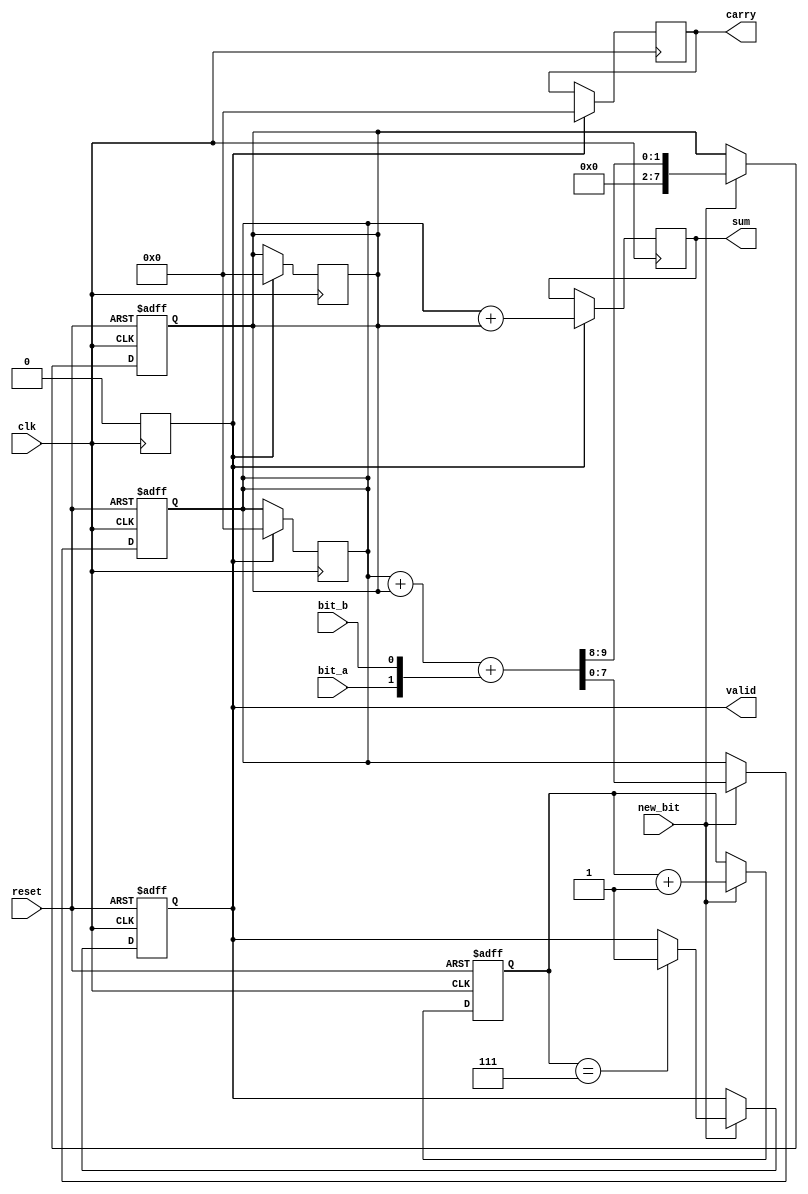
module carry_save_adder (
    input wire clk,               // Clock signal
    input wire reset,             // Reset signal
    input wire new_bit,           // Control signal indicating a new bit is available
    input wire bit_a,             // Serial input bit from operand A
    input wire bit_b,             // Serial input bit from operand B
    output reg [7:0] sum,         // Output sum
    output reg [7:0] carry,       // Output carry
    output reg valid              // Output valid signal
);

    reg [7:0] sum_reg;            // Register to hold the sum
    reg [7:0] carry_reg;          // Register to hold the carry
    reg [3:0] count;              // Bit counter

    // Initialize registers on reset
    always @(posedge clk or posedge reset) begin
        if (reset) begin
            sum_reg <= 8'b0;
            carry_reg <= 8'b0;
            count <= 4'b0;
            valid <= 1'b0;
        end else if (new_bit) begin
            // Perform carry-save addition
            {carry_reg, sum_reg} <= {1'b0, sum_reg} + {1'b0, carry_reg} + {1'b0, bit_a, bit_b};

            // Increment the count of bits processed
            count <= count + 1;

            // Set valid signal after processing 8 bits
            if (count == 4'd7) begin
                valid <= 1'b1; // Indicate that the final result is valid
            end
        end
    end

    // Finalize the result after all bits are processed
    always @(posedge clk) begin
        if (valid) begin
            // Final addition to resolve carry
            sum <= sum_reg + carry_reg;
            carry <= 8'b0; // Reset carry for next operation
            valid <= 1'b0; // Reset valid signal for next operation
            sum_reg <= 8'b0; // Reset sum register for next operation
            carry_reg <= 8'b0; // Reset carry register for next operation
        end
    end

endmodule